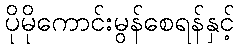
ပိုမိုကောင်းမွန်စေရန်နှင့်